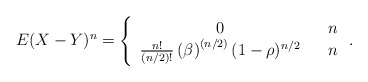
\begin{align*}E(X-Y)^{n}\allowbreak =\allowbreak \left\{ \begin{array}{ccc}0 & & n \\ \frac{n!}{(n/2)!}\left( \beta \right) ^{\left( n/2\right) }(1-\rho )^{n/2} & & n\end{array}\right. . \end{align*}